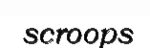
scroops